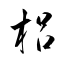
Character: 梠